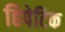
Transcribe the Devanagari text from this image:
हिपेटिक